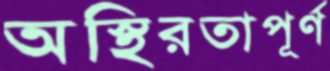
অস্থিরতাপূর্ণ